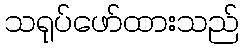
သရုပ်ဖော်ထားသည်